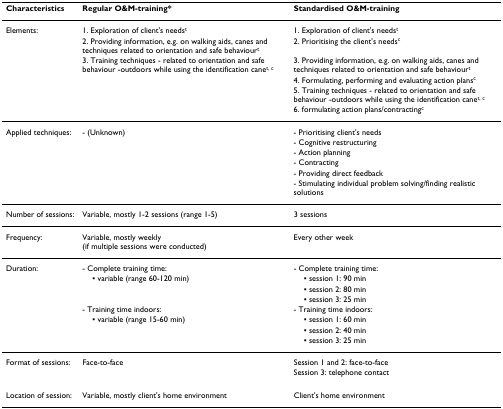
| Characteristics | Regular O&M-training* | Standardised O&M-training |
 | --- | --- | --- |
 | Elements: | 1. Exploration of client's needst | 1. Exploration of client's needst |
 |  | 2. Providing information, e.g. on walking aids, canes and techniques related to orientation and safe behaviourt | 2. Prioritising the client's needsc |
 |  | 3. Training techniques - related to orientation and safe behaviour -outdoors while using the identification canet, c | 3. Providing information, e.g. on walking aids, canes and techniques related to orientation and safe behaviourt |
 |  |  | 4. Formulating, performing and evaluating action plansc |
 |  |  | 5. Training techniques - related to orientation and safe behaviour -outdoors while using the identification canet, c |
 |  |  | 6. formulating action plans/contractingc |
 | Applied techniques: | - (Unknown) | - Prioritising client's needs |
 |  |  | - Cognitive restructuring |
 |  |  | - Action planning |
 |  |  | - Contracting |
 |  |  | - Providing direct feedback |
 |  |  | - Stimulating individual problem solving/finding realistic solutions |
 | Number of sessions: | Variable, mostly 1-2 sessions (range 1-5) | 3 sessions |
 | Frequency: | Variable, mostly weekly (if multiple sessions were conducted) | Every other week |
 | Duration: | - Complete training time: | - Complete training time: |
 |  | ▪ variable (range 60-120 min) | ▪ session 1: 90 min |
 |  |  | ▪ session 2: 80 min |
 |  |  | ▪ session 3: 25 min |
 |  | - Training time indoors: | - Training time indoors: |
 |  | ▪ variable (range 15-60 min) | ▪ session 1: 60 min |
 |  |  | ▪ session 2: 40 min |
 |  |  | ▪ session 3: 25 min |
 | Format of sessions: | Face-to-face | Session 1 and 2: face-to-face |
 |  |  | Session 3: telephone contact |
 | Location of session: | Variable, mostly client's home environment | Client's home environment |